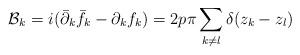
LaTeX: \begin{align*}{\cal B}_k=i({\bar{\partial}_k} {\bar f}_k -{\partial}_kf_k)=2p \pi \sum_{k\neq l}\delta(z_k-z_l)\end{align*}